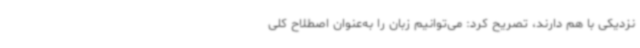
نزدیکی با هم دارند، تصریح کرد: می‌توانیم زبان را به‌عنوان اصطلاح کلی